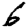
Digit: 6